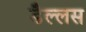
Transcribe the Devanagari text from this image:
डैल्लस